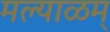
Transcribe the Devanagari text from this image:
मल्याळम्